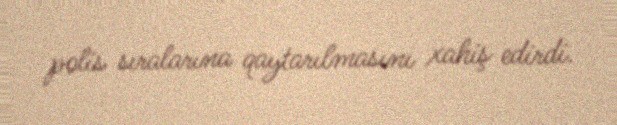
polis sıralarına qaytarılmasını xahiş edirdi.